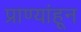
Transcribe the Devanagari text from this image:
प्राण्यांहून